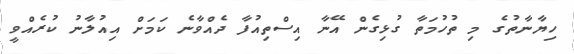
ހިޔާނާތުގެ މި ތުހުމަތާ ގުޅިގެން އޭނާ އިސްތިއުފާ ދެއްވާނެ ކަމަށް އިއުލާނު ކުރެއްވީ